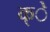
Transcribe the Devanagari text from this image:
क्े